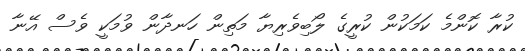
ކުރާ ކޮންމެ ކަމަކުން ކުރީގެ ލޯބިވެރިޔާ މަތިން ހަނދާން ވުމަކީ ވެސް އޭނާ